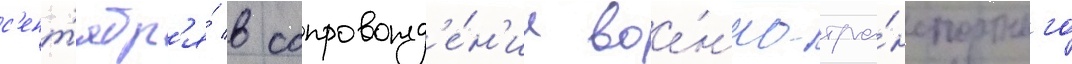
с'ент'ябр'я́ в сопровожд'е́н'ии вое́нно-тра́нспортного